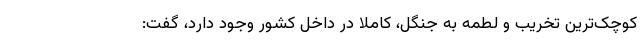
کوچک‌ترین تخریب و لطمه به جنگل، کاملا در داخل کشور وجود دارد، گفت: